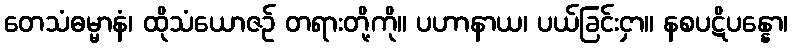
တေသံဓမ္မာနံ၊ ထိုသံယောဇဉ် တရားတို့ကို။ ပဟာနာယ၊ ပယ်ခြင်းငှာ။ နစပဋိပန္နော၊